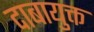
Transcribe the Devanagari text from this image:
दाबायुक्त